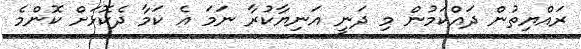
ރައްޔިތުން ދައްކަމުން މި ދަނީ އަނިޔާކުރާ ނަމަ އެ ކަމާ ދެކޮޅަށް ކޮންމެ